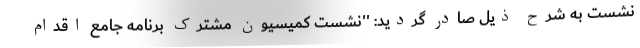
نشست به شرح ذیل صادر گردید: ''نشست کمیسیون مشترک برنامه جامع اقدام